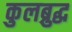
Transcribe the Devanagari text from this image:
कुलब्रुद्ध